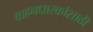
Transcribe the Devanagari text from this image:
वाहनधारकांसाठी